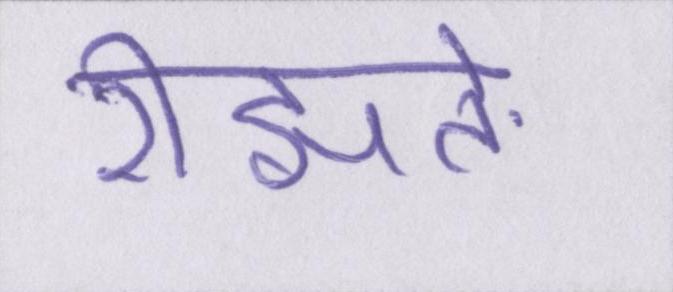
रीझते